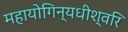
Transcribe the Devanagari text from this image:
महायोगिन्यधीश्वरि